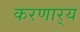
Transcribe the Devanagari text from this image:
करणार्‍य